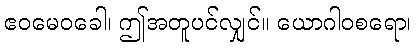
ဧဝမေဝခေါ၊ ဤအတူပင်လျှင်။ ယောဂါဝစရော၊